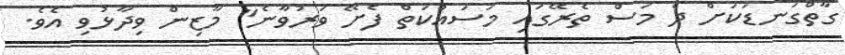
ގާތްގަނޑަކަށް ދެ މަސް ތެރޭގައި މަސައްކަތް ފެށޭ ވަރުވާނެ" މާޒިން ވިދާޅުވި އެވެ.